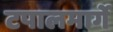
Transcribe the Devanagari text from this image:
टपालमार्गे